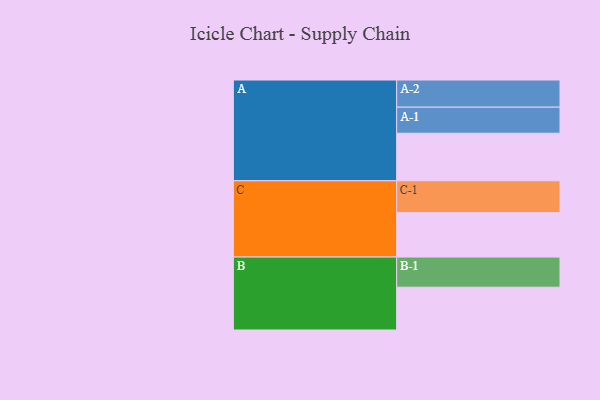
{"axis": {"x": "Segment", "y": "Value"}, "legend": ["", "A", "B", "C"], "data": [{"x": "A", "y": 443, "type": ""}, {"x": "B", "y": 399, "type": ""}, {"x": "C", "y": 414, "type": ""}, {"x": "A-1", "y": 243, "type": "A"}, {"x": "A-2", "y": 253, "type": "A"}, {"x": "B-1", "y": 281, "type": "B"}, {"x": "C-1", "y": 297, "type": "C"}]}